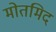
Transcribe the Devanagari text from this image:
मोतमिद